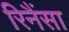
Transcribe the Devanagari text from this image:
रिनैंसा